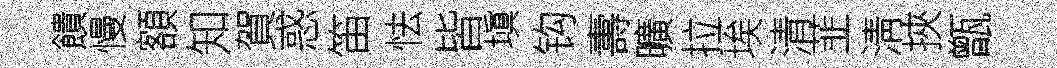
饋慢額知賀惑笛怯皆塡钩夀曠拉埃清韮淸挾甑